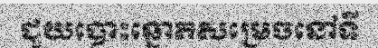
ជួយបោះឆ្នោតសម្រេចនៅទី